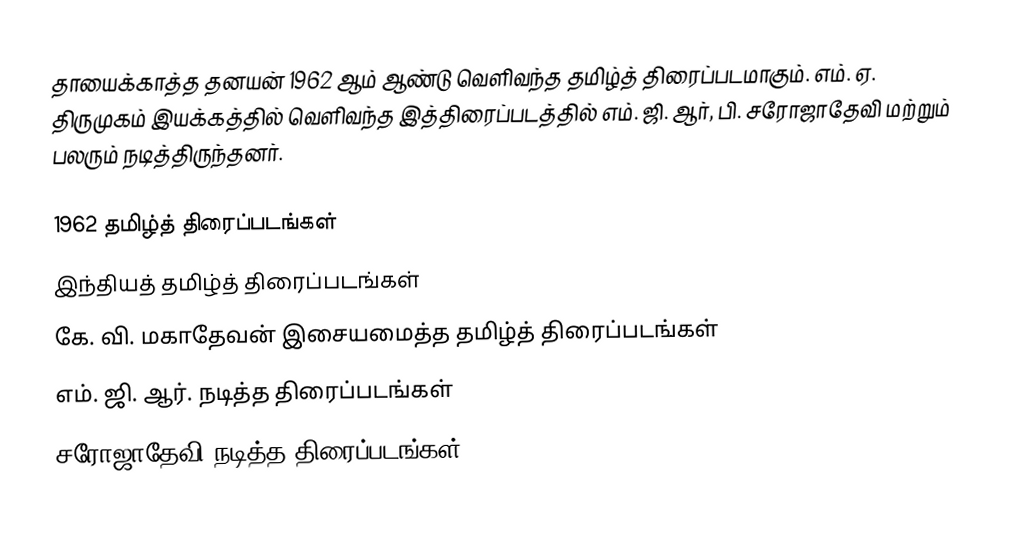
தாயைக்காத்த தனயன் 1962 ஆம் ஆண்டு வெளிவந்த தமிழ்த் திரைப்படமாகும். எம். ஏ. திருமுகம் இயக்கத்தில் வெளிவந்த இத்திரைப்படத்தில் எம். ஜி. ஆர், பி. சரோஜாதேவி மற்றும் பலரும் நடித்திருந்தனர்.

1962 தமிழ்த் திரைப்படங்கள்
இந்தியத் தமிழ்த் திரைப்படங்கள்
கே. வி. மகாதேவன் இசையமைத்த தமிழ்த் திரைப்படங்கள்
எம். ஜி. ஆர். நடித்த திரைப்படங்கள்
சரோஜாதேவி நடித்த திரைப்படங்கள்